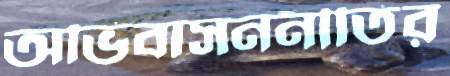
অভিবাসননীতির